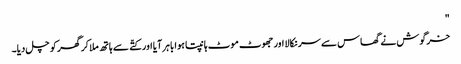
"
خرگوش نے گھاس سے سر نکالا اور جھوٹ موٹ ہانپتا ہوا باہر آیا اور کتّے سے ہاتھ ملا کر گھر کو چل دیا۔